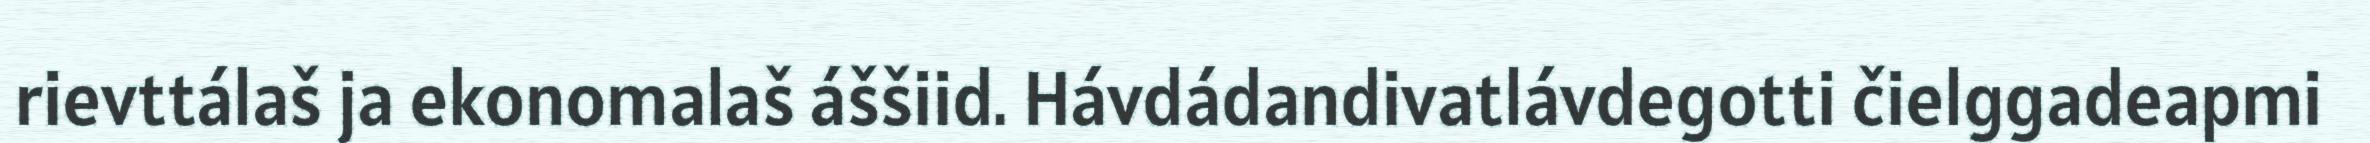
rievttálaš ja ekonomalaš áššiid. Hávdádandivatlávdegotti čielggadeapmi